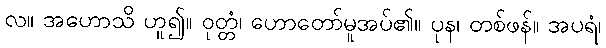
လ။ အဟောသိ ဟူ၍။ ဝုတ္တံ၊ ဟောတော်မူအပ်၏။ ပုန၊ တစ်ဖန်။ အပရံ၊